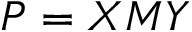
P = X M Y